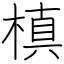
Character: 槙